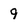
Character: 9